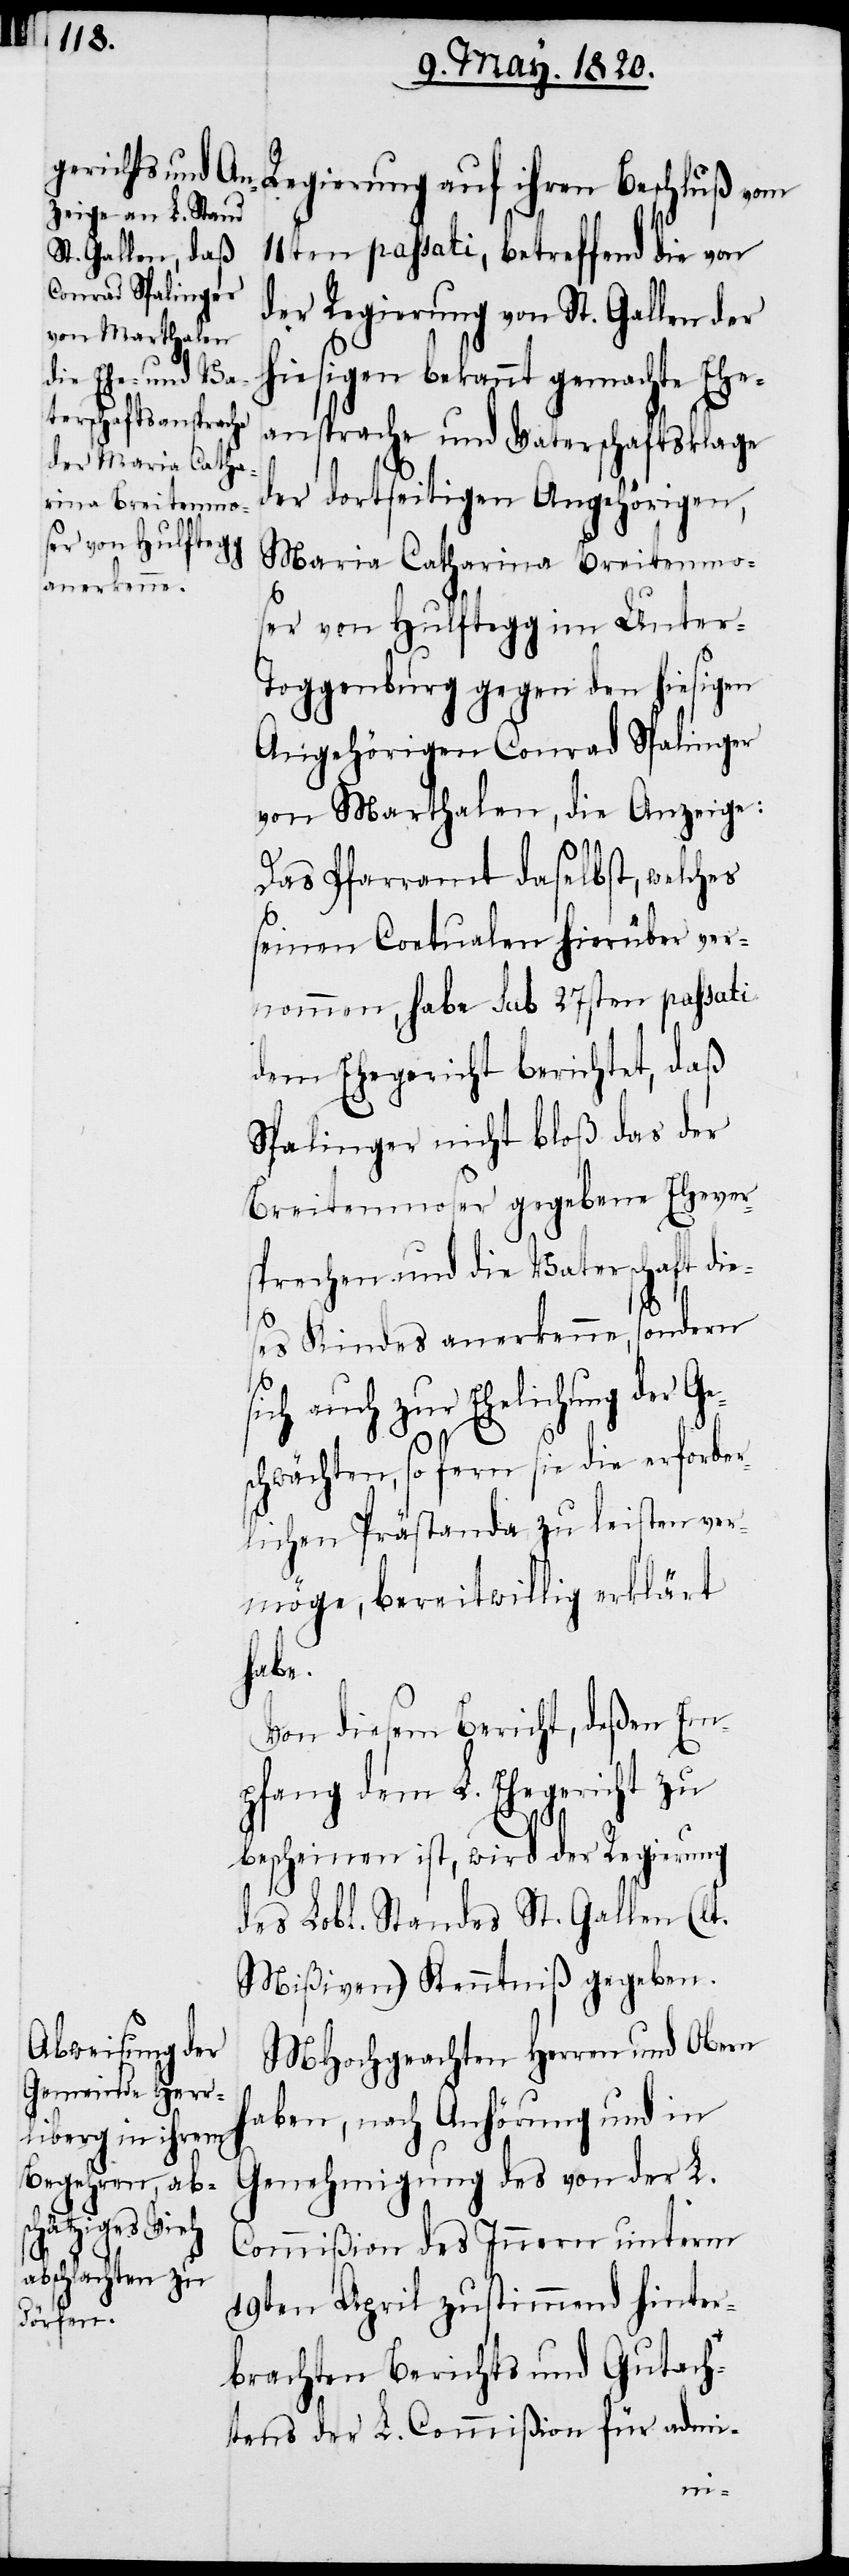
11ten passati, betreffend die von
der Regierung von St. Gallen der
hiesigen bekannt gemachte Ehe¬
ansprache und Vaterschaftsklage
der dortseitigen Angehörigen,
Maria Catharina Breitenmo¬
ser von Hulftegg im Unter-T¬
oggenburg gegen den hiesigen
Angehörigen Conrad Spalinger
von Marthalen, die Anzeige:
Das Pfarramt daselbst, welches
seinen Coetualen hierüber ver¬
nommen, habe sub 27sten passati
dem Ehegericht berichtet, daß
Spalinger nicht bloß das der
Breitenmoser gegebene Ehever¬
sprechen und die Vaterschaft die¬
ses Kindes anerkenne, sondern
uch zur Ehelichung der G¬
schwächten, so fern sie die erforder¬
lichen Prästanda zu leisten ver¬
möge, bereitwillig erklärt
habe.
Von diesem Bericht, deßen Em¬
pfang dem L. Ehegericht zu
e¬
bescheinen ist, wird der Regierung
des Lobl. Standes St. Gallen (lt.
Mißiven) Kenntniβ gegeben.
MHochgeachten Herren und Obern
haben, nach Anhörung und in
Genehmigung des von der L.
sich a¬
Commiβion des Innern unterm
19ten April zustimmend hinter¬
brachten Berichts und Gutach¬
tens der L. Commiβion für admi-